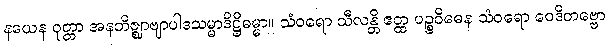
နယေန ဝုတ္တာ အနဘိဇ္ဈာဗျာပါဒသမ္မာဒိဋ္ဌိဓမ္မာ။ သံဝရော သီလန္တိ ဧတ္ထ ပဉ္စဝိဓေန သံဝရော ဝေဒိတဗ္ဗော